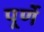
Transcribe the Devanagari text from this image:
पूर्णे